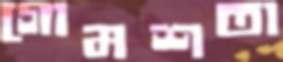
গোমশতা